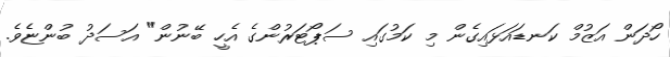
ހޯދަން އަޒުމް ކަނޑައަޅައިގެން މި ކަމުގައި ސަޕޯޓަރުންގެ އެހީ ބޭނުން" އަސަދު ބުންޏެވެ.